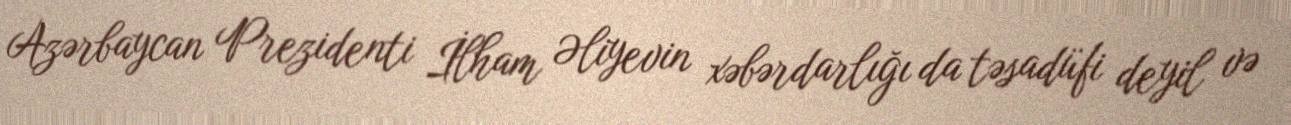
Azərbaycan Prezidenti İlham Əliyevin xəbərdarlığı da təsadüfi deyil və